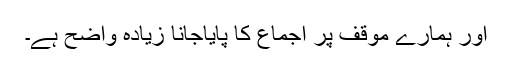
اور ہمارے موقف پر اجماع کا پایاجانا زیادہ واضح ہے۔